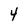
Character: 4